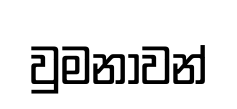
වුමනාවන්